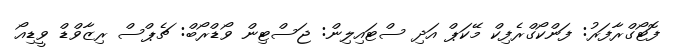
ފޮޓޯގްރާފަރު: ފަންކޯގްރެފިކް މޭކަޕް އަދި ސްޓައިލިން: ޖަސްޓިން ވޯޑްރޯބް: ޗެޕްސް ރިޒާވްޑް ވީޑިއޯ